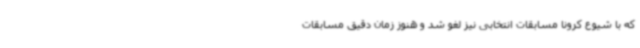
که با شیوع کرونا مسابقات انتخابی نیز لغو شد و هنوز زمان دقیق مسابقات